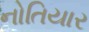
નોતિયાર